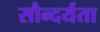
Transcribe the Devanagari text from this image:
सौन्‍दर्यता